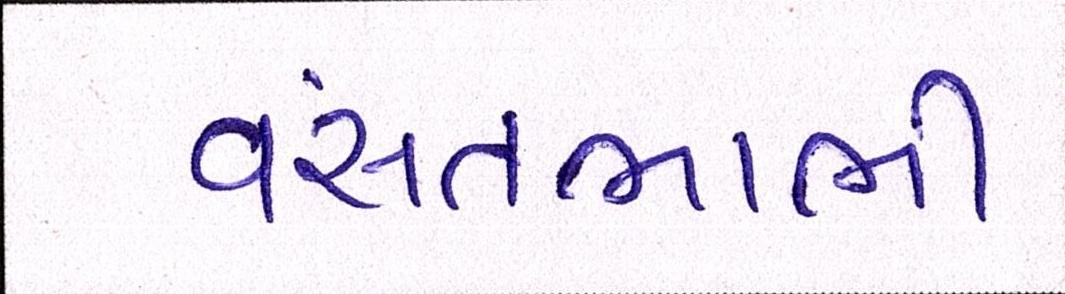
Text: વસંતભાભી